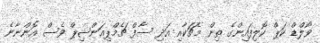
ވޯލްޑް ކަޕް ކޮލިފައިންގެ ތިން މެޗަކާއި އަދި ސާފް ޗެމްޕިއަންޝިޕް ވެސް އޮންނާނެ